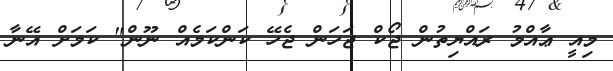
މިއީ ޢާއްމު ރައްޔިތުން ޖޯކް ޖަހަން ޖެހޭ ކަންކަމެއް ނޫން" ކަމަށް އޭނާ